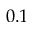
0 . 1